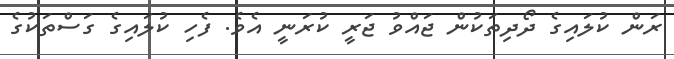
ރަން ކުލައިގެ ދޯދިތަކުން ޖައްވު ޖަރީ ކުރަނީ އެވެ. ފެހި ކުލައިގެ ގަސްތަކުގެ